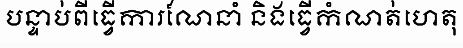
បន្ទាប់ពីធ្វើការណែនាំ និងធ្វើកំណត់ហេតុ